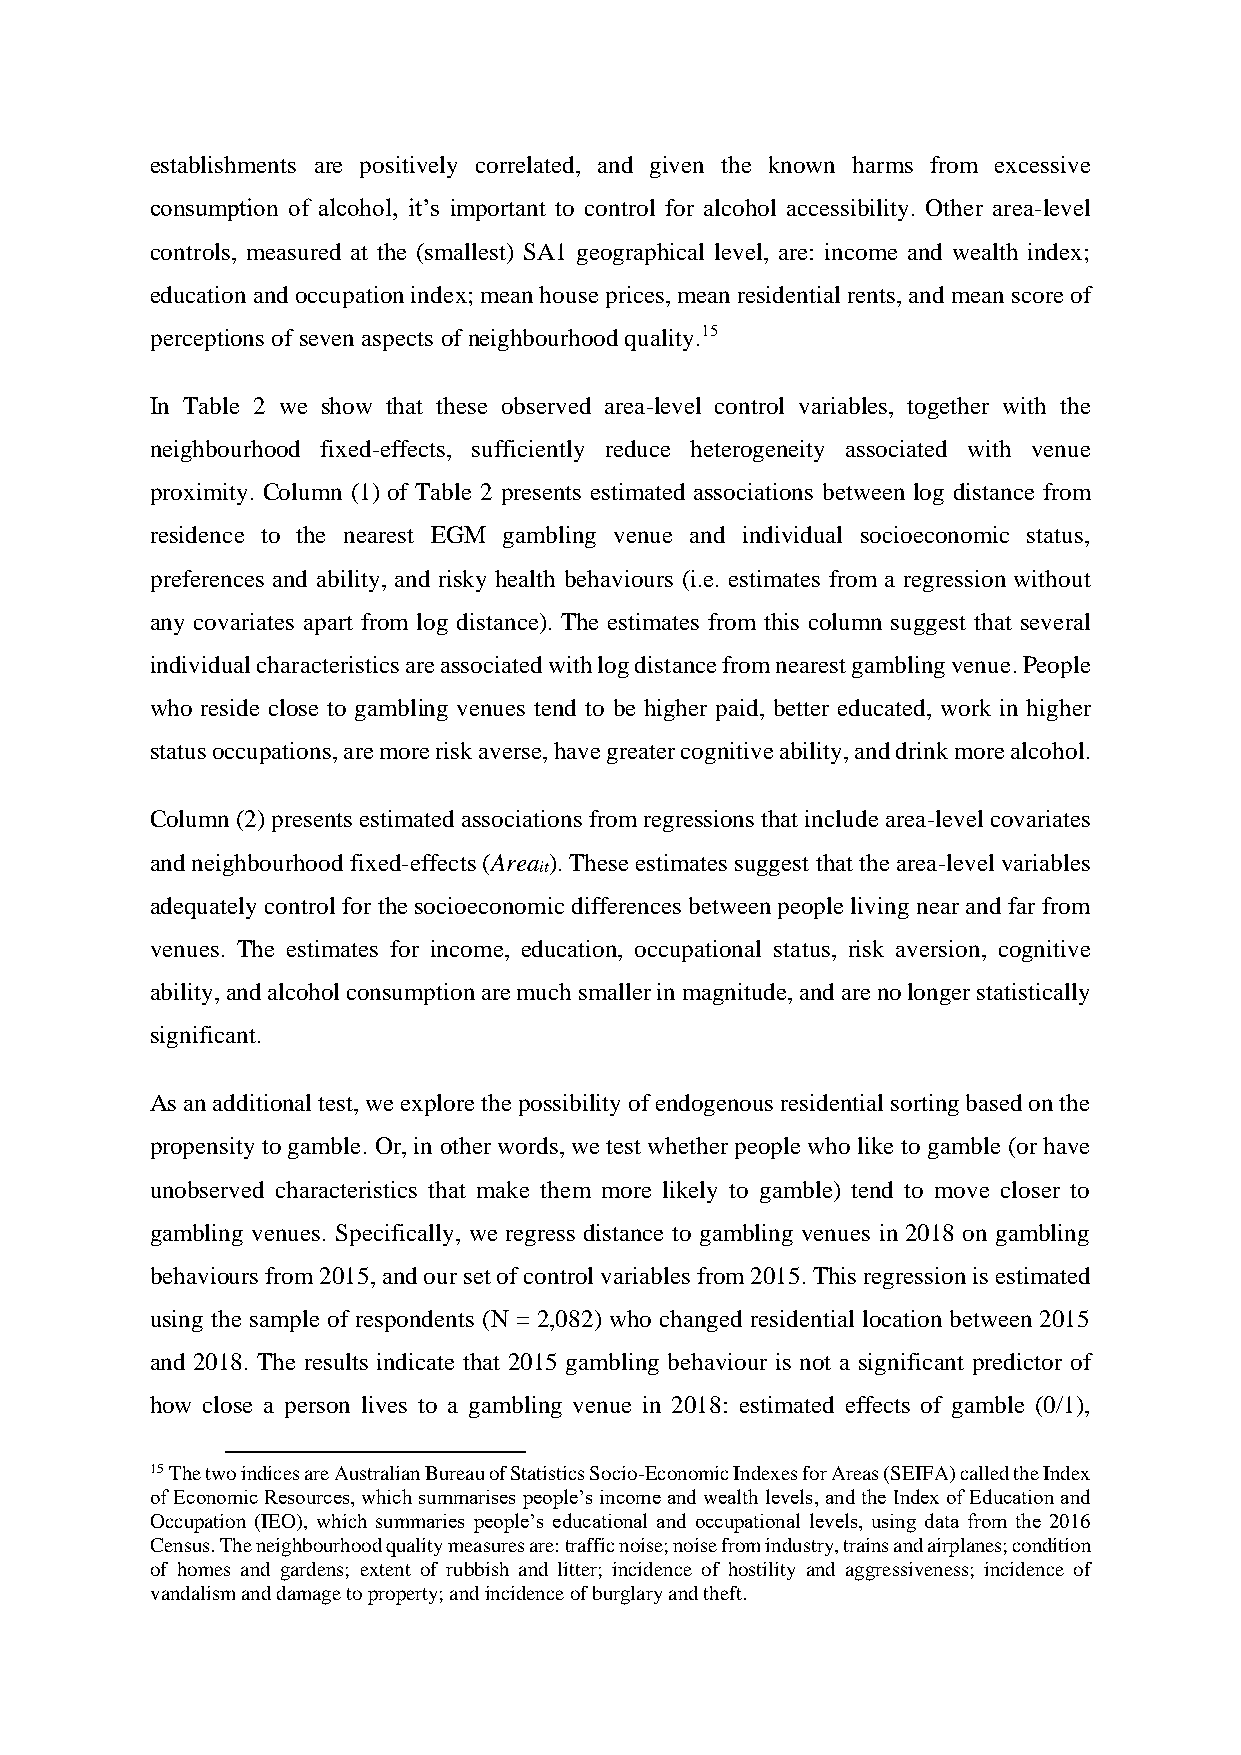
establishments are positively correlated, and given the known harms from excessive
 consumption of alcohol, it’s important to control for alcohol accessibility. Other area-level
 controls, measured at the (smallest) SA1 geographical level, are: income and wealth index;
 education and occupation index; mean house prices, mean residential rents, and mean score of
 perceptions of seven aspects of neighbourhood quality.15
 In Table 2 we show that these observed area-level control variables, together with the
 neighbourhood fixed-effects, sufficiently reduce heterogeneity associated with venue
 proximity. Column (1) of Table 2 presents estimated associations between log distance from
 residence to the nearest EGM gambling venue and individual socioeconomic status,
 preferences and ability, and risky health behaviours (i.e. estimates from a regression without
 any covariates apart from log distance). The estimates from this column suggest that several
 individual characteristics are associated with log distance from nearest gambling venue. People
 who reside close to gambling venues tend to be higher paid, better educated, work in higher
 status occupations, are more risk averse, have greater cognitive ability, and drink more alcohol.
 Column (2) presents estimated associations from regressions that include area-level covariates
 and neighbourhood fixed-effects (Area ). These estimates suggest that the area-level variables
 it
 adequately control for the socioeconomic differences between people living near and far from
 venues. The estimates for income, education, occupational status, risk aversion, cognitive
 ability, and alcohol consumption are much smaller in magnitude, and are no longer statistically
 significant.
 As an additional test, we explore the possibility of endogenous residential sorting based on the
 propensity to gamble. Or, in other words, we test whether people who like to gamble (or have
 unobserved characteristics that make them more likely to gamble) tend to move closer to
 gambling venues. Specifically, we regress distance to gambling venues in 2018 on gambling
 behaviours from 2015, and our set of control variables from 2015. This regression is estimated
 using the sample of respondents (N = 2,082) who changed residential location between 2015
 and 2018. The results indicate that 2015 gambling behaviour is not a significant predictor of
 how close a person lives to a gambling venue in 2018: estimated effects of gamble (0/1),
 15 The two indices are Australian Bureau of Statistics Socio-Economic Indexes for Areas (SEIFA) called the Index
 of Economic Resources, which summarises people’s income and wealth levels, and the Index of Education and
 Occupation (IEO), which summaries people’s educational and occupational levels, using data from the 2016
 Census. The neighbourhood quality measures are: traffic noise; noise from industry, trains and airplanes; condition
 of homes and gardens; extent of rubbish and litter; incidence of hostility and aggressiveness; incidence of
 vandalism and damage to property; and incidence of burglary and theft.